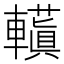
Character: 𮝮